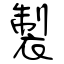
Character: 製